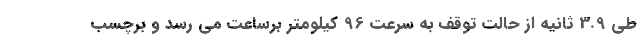
طی 3.9 ثانیه از حالت توقف به سرعت 96 کیلومتر برساعت می رسد و برچسب